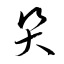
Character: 哭